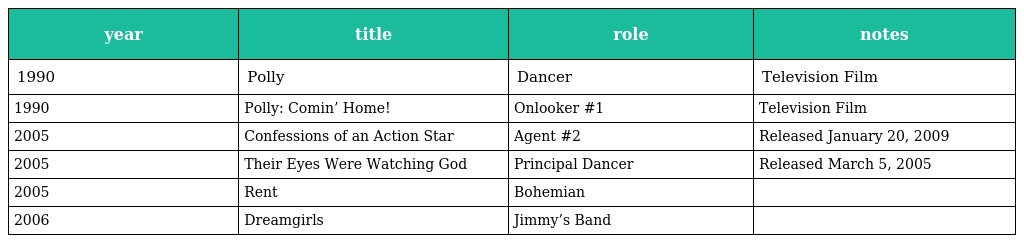
| year | title | role | notes |
 | --- | --- | --- | --- |
 | 1990 | Polly | Dancer | Television Film |
 | 1990 | Polly: Comin’ Home! | Onlooker #1 | Television Film |
 | 2005 | Confessions of an Action Star | Agent #2 | Released January 20, 2009 |
 | 2005 | Their Eyes Were Watching God | Principal Dancer | Released March 5, 2005 |
 | 2005 | Rent | Bohemian |  |
 | 2006 | Dreamgirls | Jimmy’s Band |  |